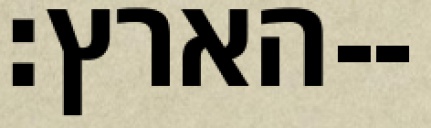
הארץ׃--